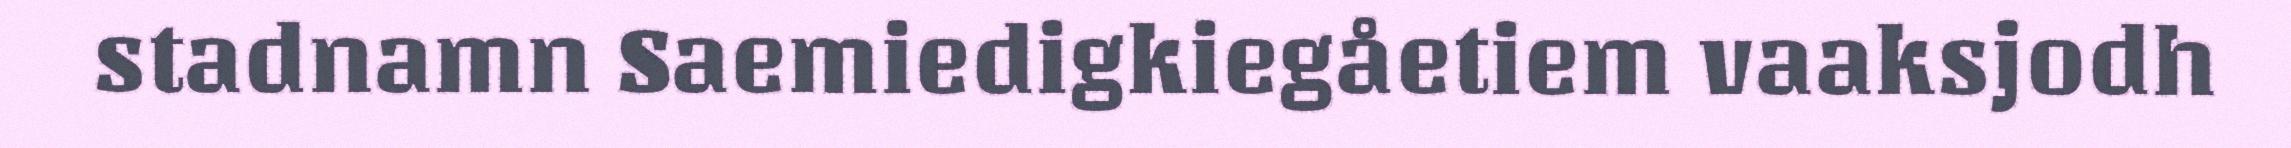
stadnamn Saemiedigkiegåetiem vaaksjodh